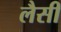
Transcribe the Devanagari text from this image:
लैसी